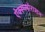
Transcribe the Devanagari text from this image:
ऐक्स्प्लोराशन